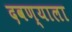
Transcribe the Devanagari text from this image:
दवण्याला